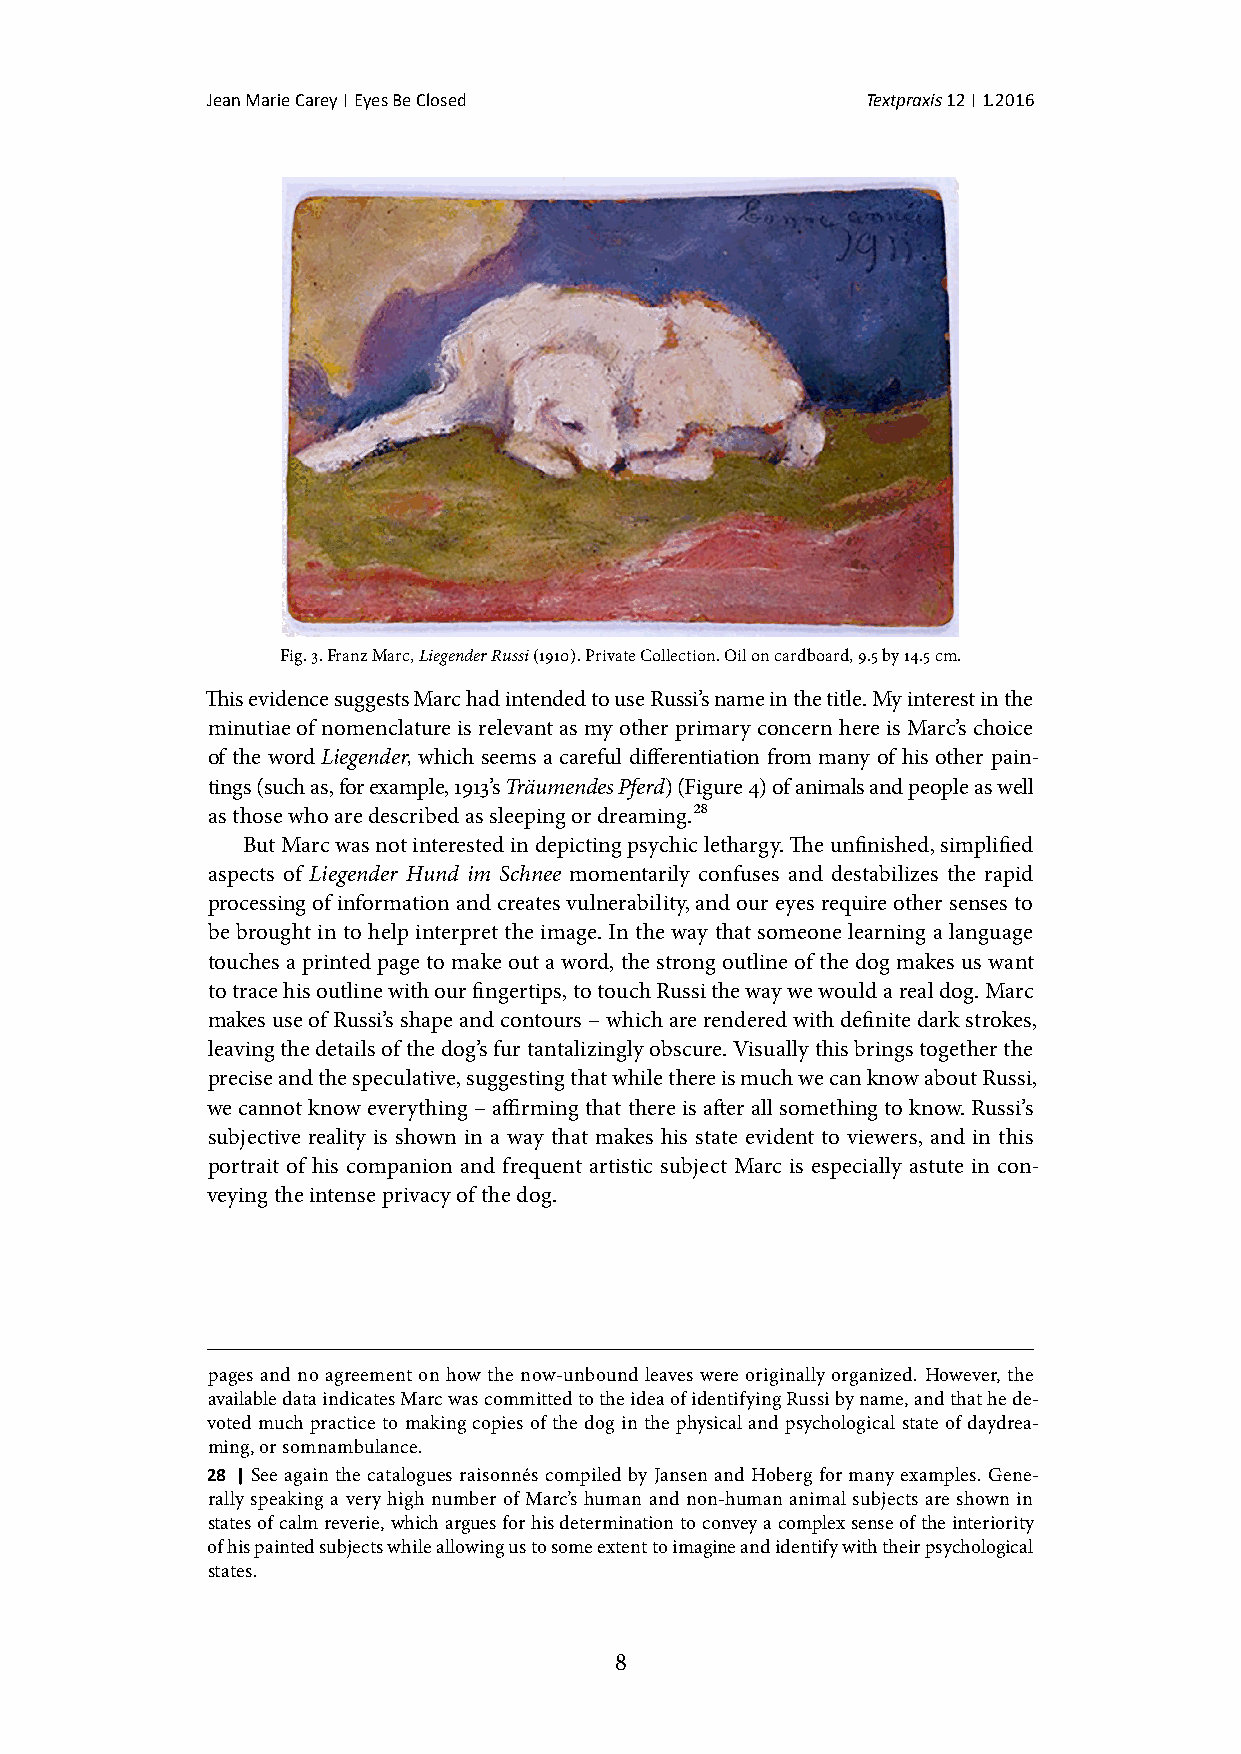
Jean Marie Carey | Eyes Be Closed          Textpraxis 12 | 1.2016
 Fig. 3. Franz Marc, Liegender Russi (1910). Private Collection. Oil on cardboard, 9.5 by 14.5 cm.
 This evidence suggests Marc had intended to use Russi’s name in the title. My interest in the
 minutiae of nomenclature is relevant as my other primary concern here is Marc’s choice
 of the word Liegender, which seems a careful differentiation from many of his other pain-
 tings (such as, for example, 1913’s Träumendes Pferd) (Figure 4) of animals and people as well
 as those who are described as sleeping or dreaming.28
 But Marc was not interested in depicting psychic lethargy. The unfinished, simplified
 aspects of Liegender Hund im Schnee momentarily confuses and destabilizes the rapid
 processing of information and creates vulnerability, and our eyes require other senses to
 be brought in to help interpret the image. In the way that someone learning a language
 touches a printed page to make out a word, the strong outline of the dog makes us want
 to trace his outline with our fingertips, to touch Russi the way we would a real dog. Marc
 makes use of Russi’s shape and contours – which are rendered with definite dark strokes,
 leaving the details of the dog’s fur tantalizingly obscure. Visually this brings together the
 precise and the speculative, suggesting that while there is much we can know about Russi,
 we cannot know everything – affirming that there is after all something to know. Russi’s
 subjective reality is shown in a way that makes his state evident to viewers, and in this
 portrait of his companion and frequent artistic subject Marc is especially astute in con-
 veying the intense privacy of the dog.
 pages and no agreement on how the now-unbound leaves were originally organized. However, the
 available data indicates Marc was committed to the idea of identifying Russi by name, and that he de-
 voted much practice to making copies of the dog in the physical and psychological state of daydrea-
 ming, or somnambulance.
 28 | See again the catalogues raisonnés compiled by Jansen and Hoberg for many examples. Gene-
 rally speaking a very high number of Marc’s human and non-human animal subjects are shown in
 states of calm reverie, which argues for his determination to convey a complex sense of the interiority
 of his painted subjects while allowing us to some extent to imagine and identify with their psychological
 states.
 8